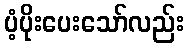
ပံ့ပိုးပေးသော်လည်း